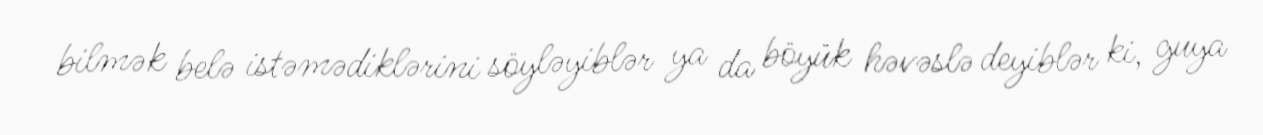
bilmək belə istəmədiklərini söyləyiblər ya da böyük həvəslə deyiblər ki, guya